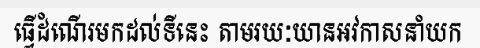
ធ្វើដំណើរមកដល់ទីនេះ តាមរយៈយានអវកាសនាំយក